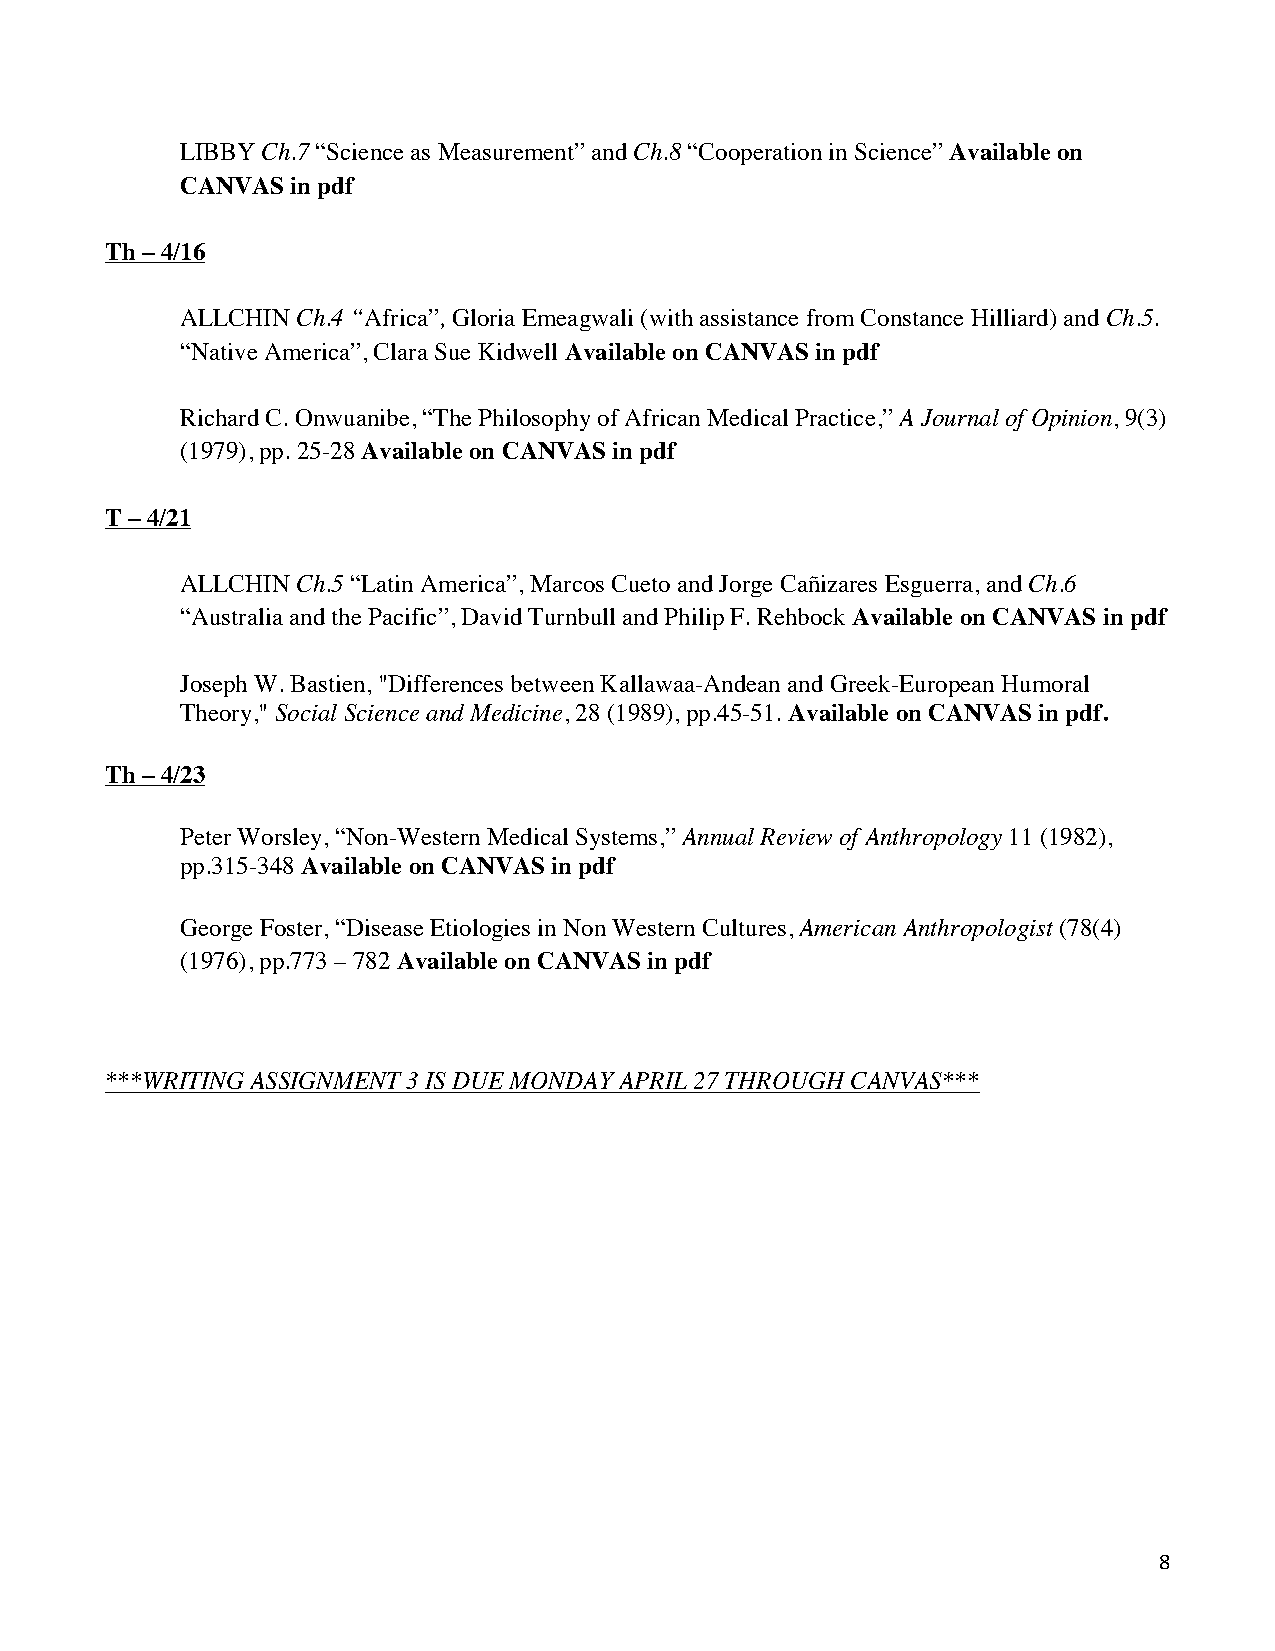
LIBBY Ch.7 “Science as Measurement” and Ch.8 “Cooperation in Science” Available on
 CANVAS in pdf
 Th – 4/16
 ALLCHIN Ch.4 “Africa”, Gloria Emeagwali (with assistance from Constance Hilliard) and Ch.5.
 “Native America”, Clara Sue Kidwell Available on CANVAS in pdf
 Richard C. Onwuanibe, “The Philosophy of African Medical Practice,” A Journal of Opinion, 9(3)
 (1979), pp. 25-28 Available on CANVAS in pdf
 T – 4/21
 ALLCHIN Ch.5 “Latin America”, Marcos Cueto and Jorge Cañizares Esguerra, and Ch.6
 “Australia and the Pacific”, David Turnbull and Philip F. Rehbock Available on CANVAS in pdf
 Joseph W. Bastien, "Differences between Kallawaa-Andean and Greek-European Humoral
 Theory," Social Science and Medicine, 28 (1989), pp.45-51. Available on CANVAS in pdf.
 Th – 4/23
 Peter Worsley, “Non-Western Medical Systems,” Annual Review of Anthropology 11 (1982),
 pp.315-348 Available on CANVAS in pdf
 George Foster, “Disease Etiologies in Non Western Cultures, American Anthropologist (78(4)
 (1976), pp.773 – 782 Available on CANVAS in pdf
 ***WRITING ASSIGNMENT 3 IS DUE MONDAY APRIL 27 THROUGH CANVAS***
 8